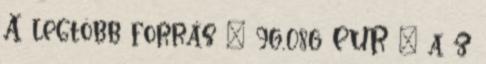
A legtöbb forrás – 96,086 EUR – a z